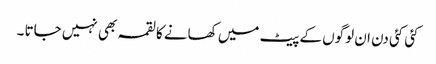
کئی کئی دن ان لوگوں کے پیٹ میں کھانے کا لقمہ بھی نہیں جاتا ۔